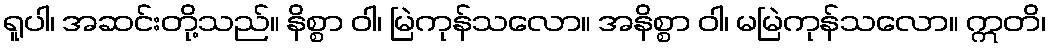
ရူပါ၊ အဆင်းတို့သည်။ နိစ္စာ ဝါ၊ မြဲကုန်သလော။ အနိစ္စာ ဝါ၊ မမြဲကုန်သလော။ ဣတိ၊